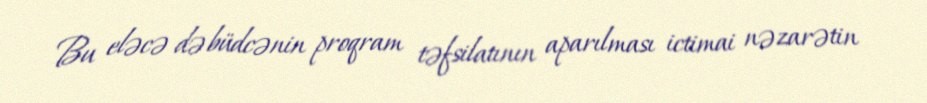
Bu eləcə də büdcənin proqram təfsilatının aparılması ictimai nəzarətin